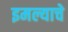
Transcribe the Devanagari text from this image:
इमल्याचे